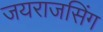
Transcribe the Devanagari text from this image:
जयराजसिंग